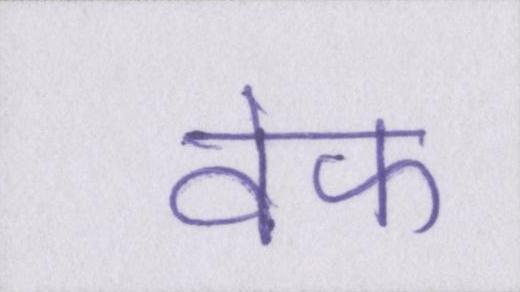
वेफ